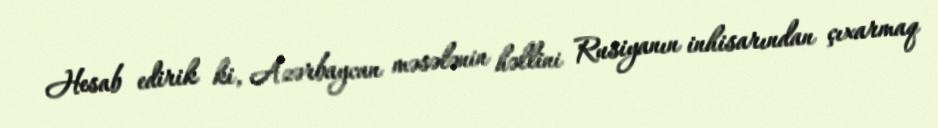
Hesab edirik ki, Azərbaycan məsələnin həllini Rusiyanın inhisarından çıxarmaq